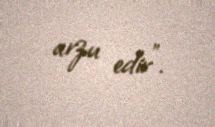
arzu edir”.